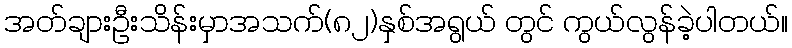
အတ်ချားဦးသိန်းမှာအသက်(၈၂)နှစ်အရွယ် တွင် ကွယ်လွန်ခဲ့ပါတယ်။